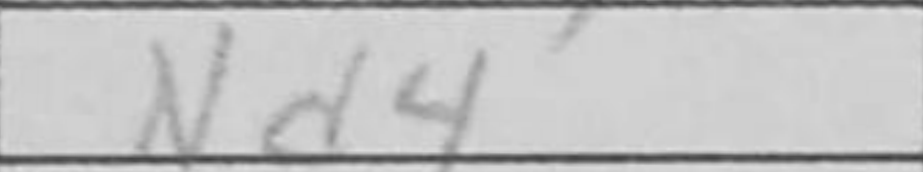
Transcription: Nd4